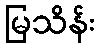
မြသိန်း